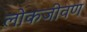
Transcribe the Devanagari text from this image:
लोकजीवण